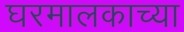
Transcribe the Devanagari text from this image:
घरमालकाच्या